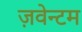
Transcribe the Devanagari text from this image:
ज़वेन्टम